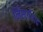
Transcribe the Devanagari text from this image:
निसर्गवाद